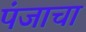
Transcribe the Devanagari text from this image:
पंजाचा